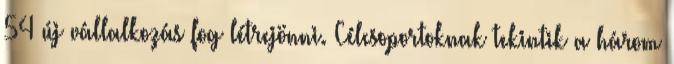
54 új vállalkozás fog létrejönni. Célcsoportoknak tekintik a három